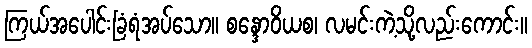
ကြယ်အပေါင်းခြံရံအပ်သော။ စန္ဒောဝိယစ၊ လမင်းကဲ့သို့လည်းကောင်း။